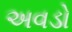
અવડો